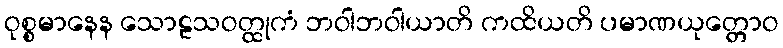
ဝုစ္စမာနေန သောဠသဝတ္ထုကံ ဘဝါဘဝါယာတိ ကထိယတိ ပမာဏယုတ္တောဝ